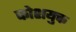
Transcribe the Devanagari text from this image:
कोशयुक्त